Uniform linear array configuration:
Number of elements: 32
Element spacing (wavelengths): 1
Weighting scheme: exponential
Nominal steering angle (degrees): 30
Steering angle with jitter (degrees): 31.648
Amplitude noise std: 0.05
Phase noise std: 0.05

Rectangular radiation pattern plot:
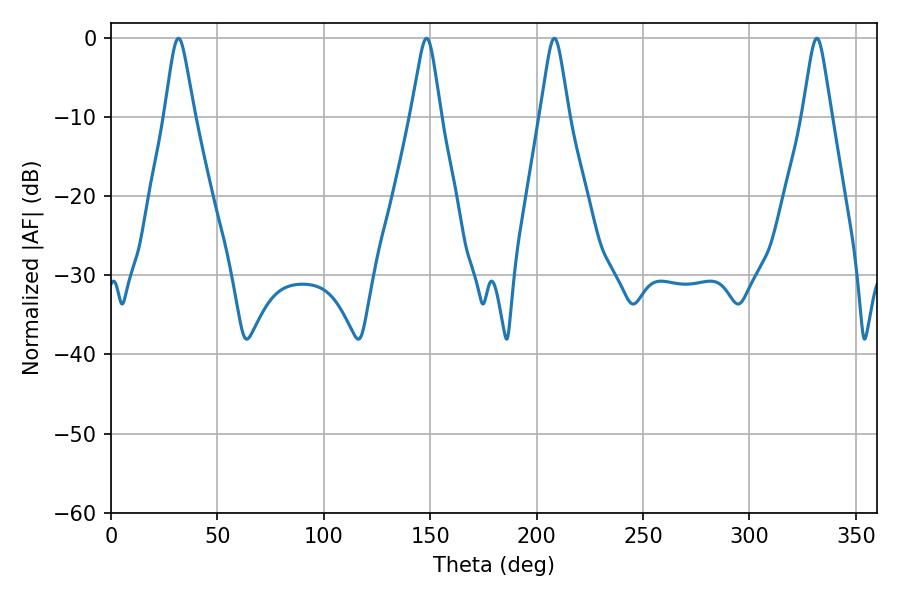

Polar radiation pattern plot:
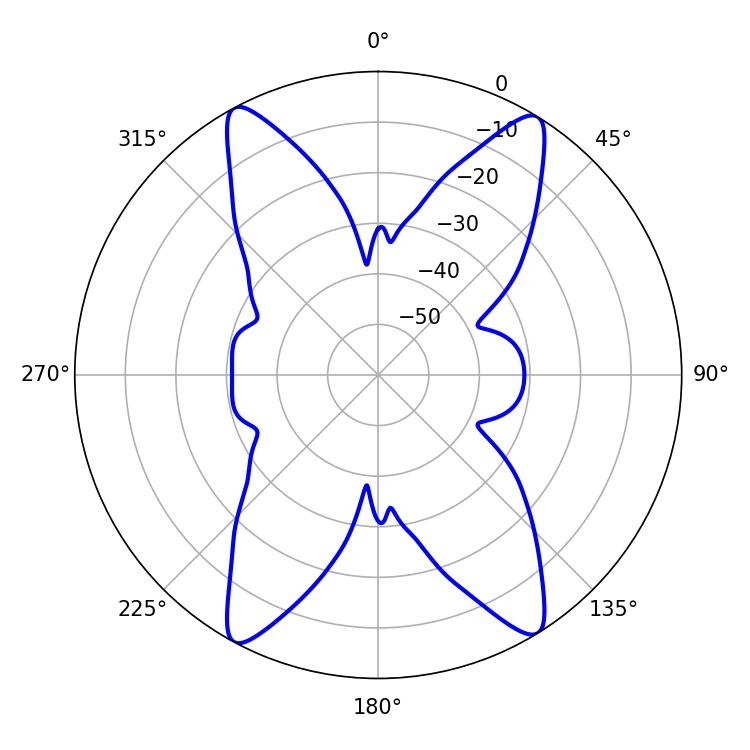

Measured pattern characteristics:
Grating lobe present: TRUE
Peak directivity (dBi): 20.035
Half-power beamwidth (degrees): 6.66
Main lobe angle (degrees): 31.68